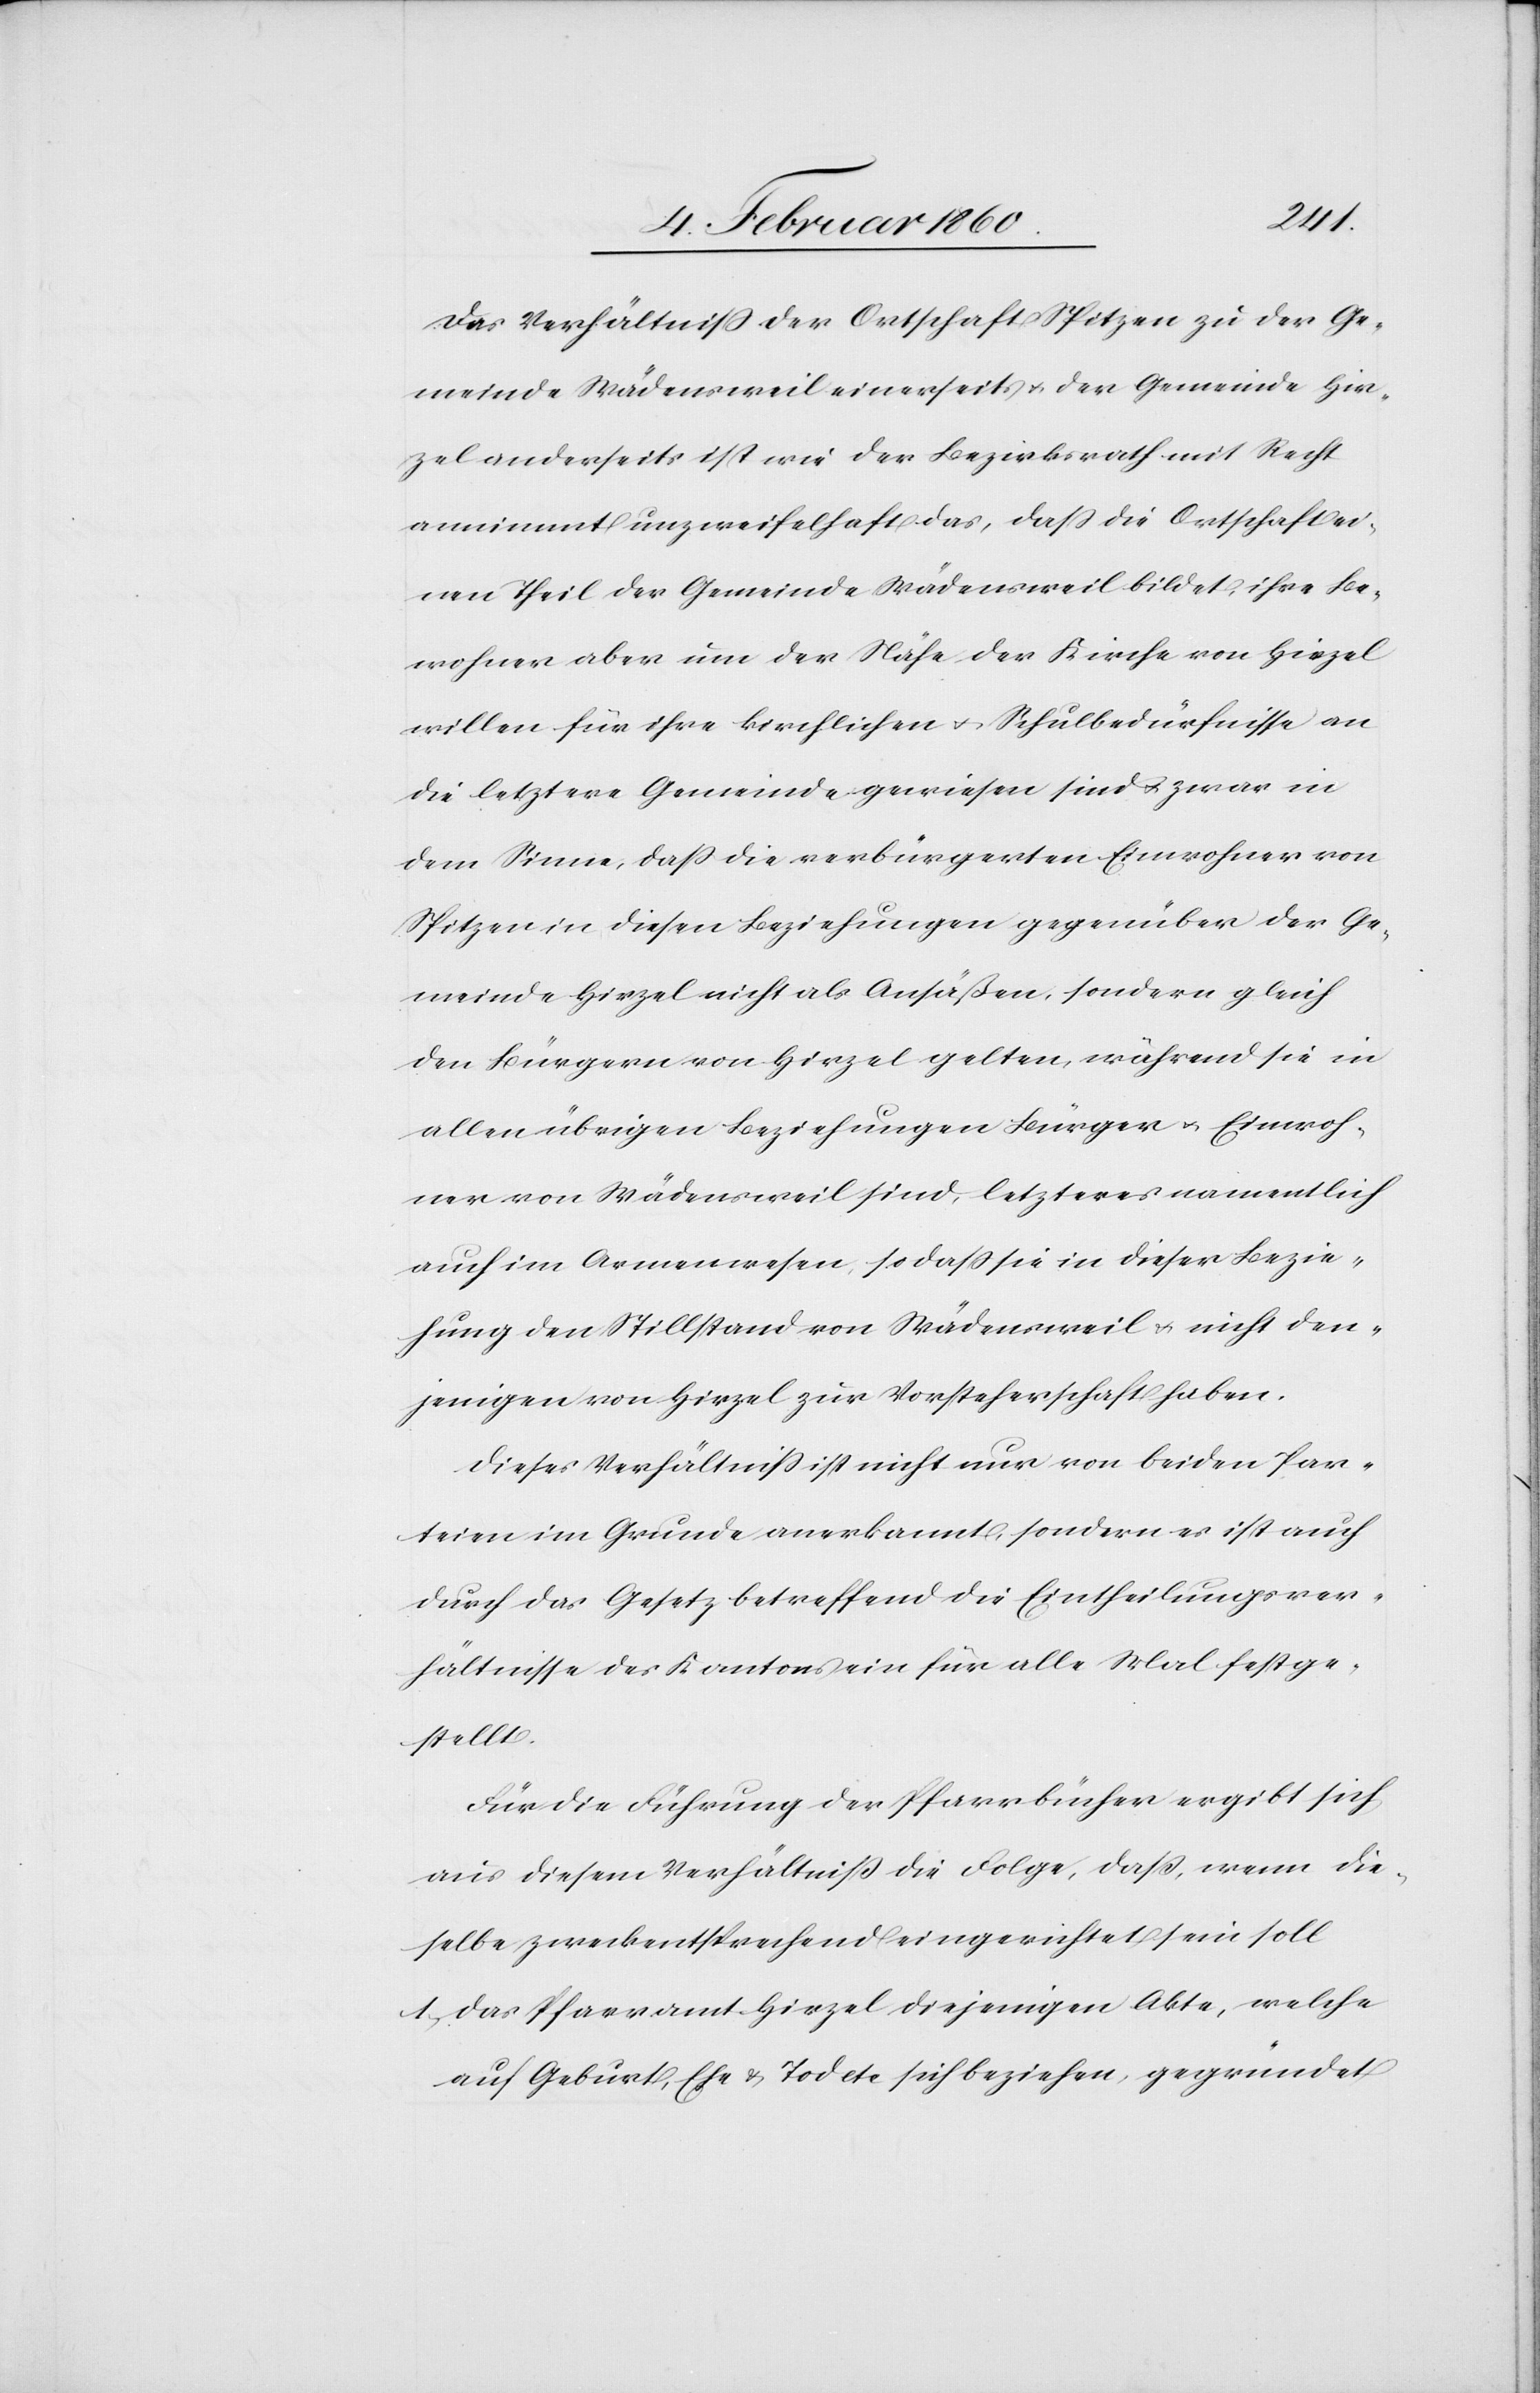
Das Verhältniss der Ortschaft Spitzen zu der Ge¬
meinde Wädensweil einerseits u. der Gemeinde Hir¬
zel anderseits ist wie der Bezirksrath mit Recht
annimmt unzweifelhaft das, dass die Ortschaft ei¬
nen Theil der Gemeinde Wädensweil bildet, ihre Be¬
wohner aber um der Nähe der Kirche von Hirzel
willen für ihre kirchlichen u. Schulbedürfnisse an
die letztere Gemeinde gewiesen sind u. zwar in
dem Sinne, dass die verbürgerten Einwohner von
Spitzen in diesen Beziehungen gegenüber der Ge¬
meinde Hirzel nicht als Ansäßen, sondern gleich
den Bürgern von Hirzel gelten, während sie in
allen übrigen Beziehungen Bürger u. Einwoh¬
ner von Wädensweil sind, letzteres namentlich
auch im Armenwesen, so dass sie in dieser Bezie¬
hung den Stillstand von Wädensweil u. nicht den¬
jenigen von Hirzel zur Vorsteherschaft haben.
Dieses Verhältniss ist nicht nur von beiden Par¬
teien im Grunde anerkannt, sondern es ist auch
durch das Gesetz betreffend die Eintheilungsver¬
hältnisse des Kantons ein für alle Mal festge¬
stellt.
Für die Führung der Pfarrbücher ergibt sich
aus diesem Verhältniss die Folge, dass, wenn die¬
selbe zweckentsprechend eingerichtet sein soll
1. das Pfarramt Hirzel diejenigen Akten, welche
auf Geburt, Ehe u. Tod etc. sich beziehen, gegründet